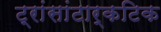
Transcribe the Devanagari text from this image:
ट्रांसांटार्कटिक